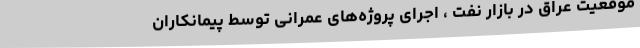
موقعیت عراق در بازار نفت ، اجرای پروژه‌های عمرانی توسط پیمانکاران